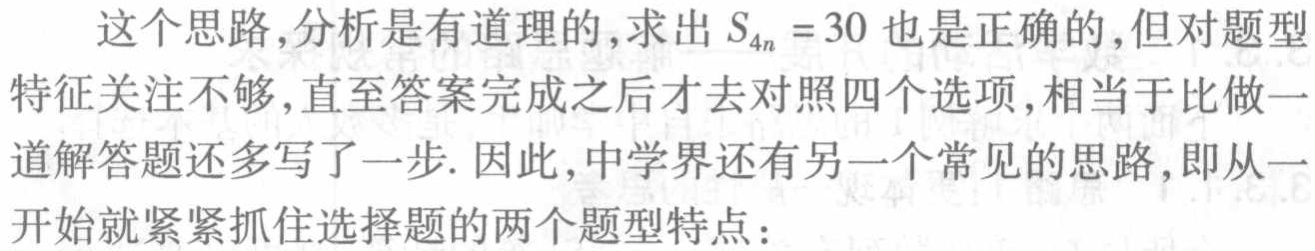
这个思路,分析是有道理的,求出 \(S_{4n}=30\) 也是正确的,但对题型
特征关注不够,直至答案完成之后才去对照四个选项,相当于比做一
道解答题还多写了一步. 因此,中学界还有另一个常见的思路,即从一
开始就紧紧抓住选择题的两个题型特点：